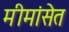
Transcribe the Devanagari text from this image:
मीमांसेत